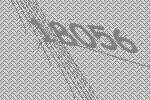
18056